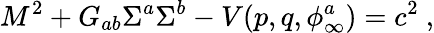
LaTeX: M^{2}+G_{ab}\Sigma^{a}\Sigma^{b}-V(p,q,\phi_{\infty}^{a})=c^{2}\ ,